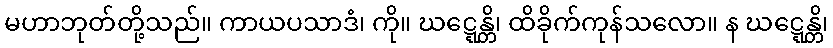
မဟာဘုတ်တို့သည်။ ကာယပသာဒံ၊ ကို။ ဃဋ္ဋေန္တိ၊ ထိခိုက်ကုန်သလော။ န ဃဋ္ဋေန္တိ၊